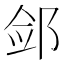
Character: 𮷪